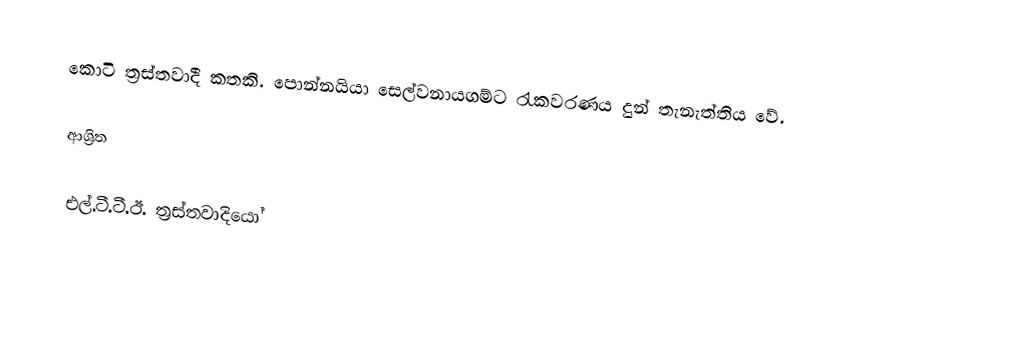
කොටි ත්‍රස්තවාදී කතකි. පොන්නයියා සෙල්වනායගම්ට රැකවරණය දුන් තැනැත්තිය වේ.

ආශ්‍රිත

එල්.ටී.ටී.ඊ. ත්‍රස්තවාදියෝ